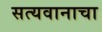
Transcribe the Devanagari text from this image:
सत्यवानाचा